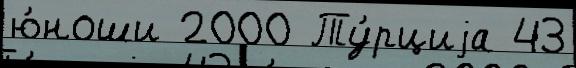
ю́ноши 2000 Ту́рциjа 43